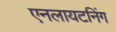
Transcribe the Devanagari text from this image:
एनलायटनिंग